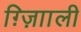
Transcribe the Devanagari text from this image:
ग़्ज़ाािली